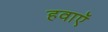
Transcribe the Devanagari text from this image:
हवाऍ